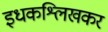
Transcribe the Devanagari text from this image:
इधकश्लिखकर